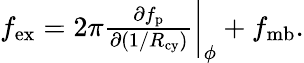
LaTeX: \begin{array}{r}{f_{\mathrm{ex}}=2\pi\frac{\partial f_{\mathrm{p}}}{\partial(1/R_{\mathrm{cy}})}\bigg|_{\phi}+f_{\mathrm{mb}}.}\end{array}